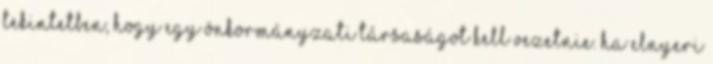
tekintetben, hogy egy önkormányzati társaságot kell vezetnie. Ha elnyeri